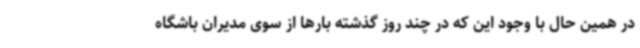
در همین حال با وجود این که در چند روز گذشته بارها از سوی مدیران باشگاه